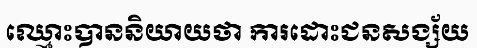
ឈ្មោះបាននិយាយថា ការដោះជនសង្ស័យ